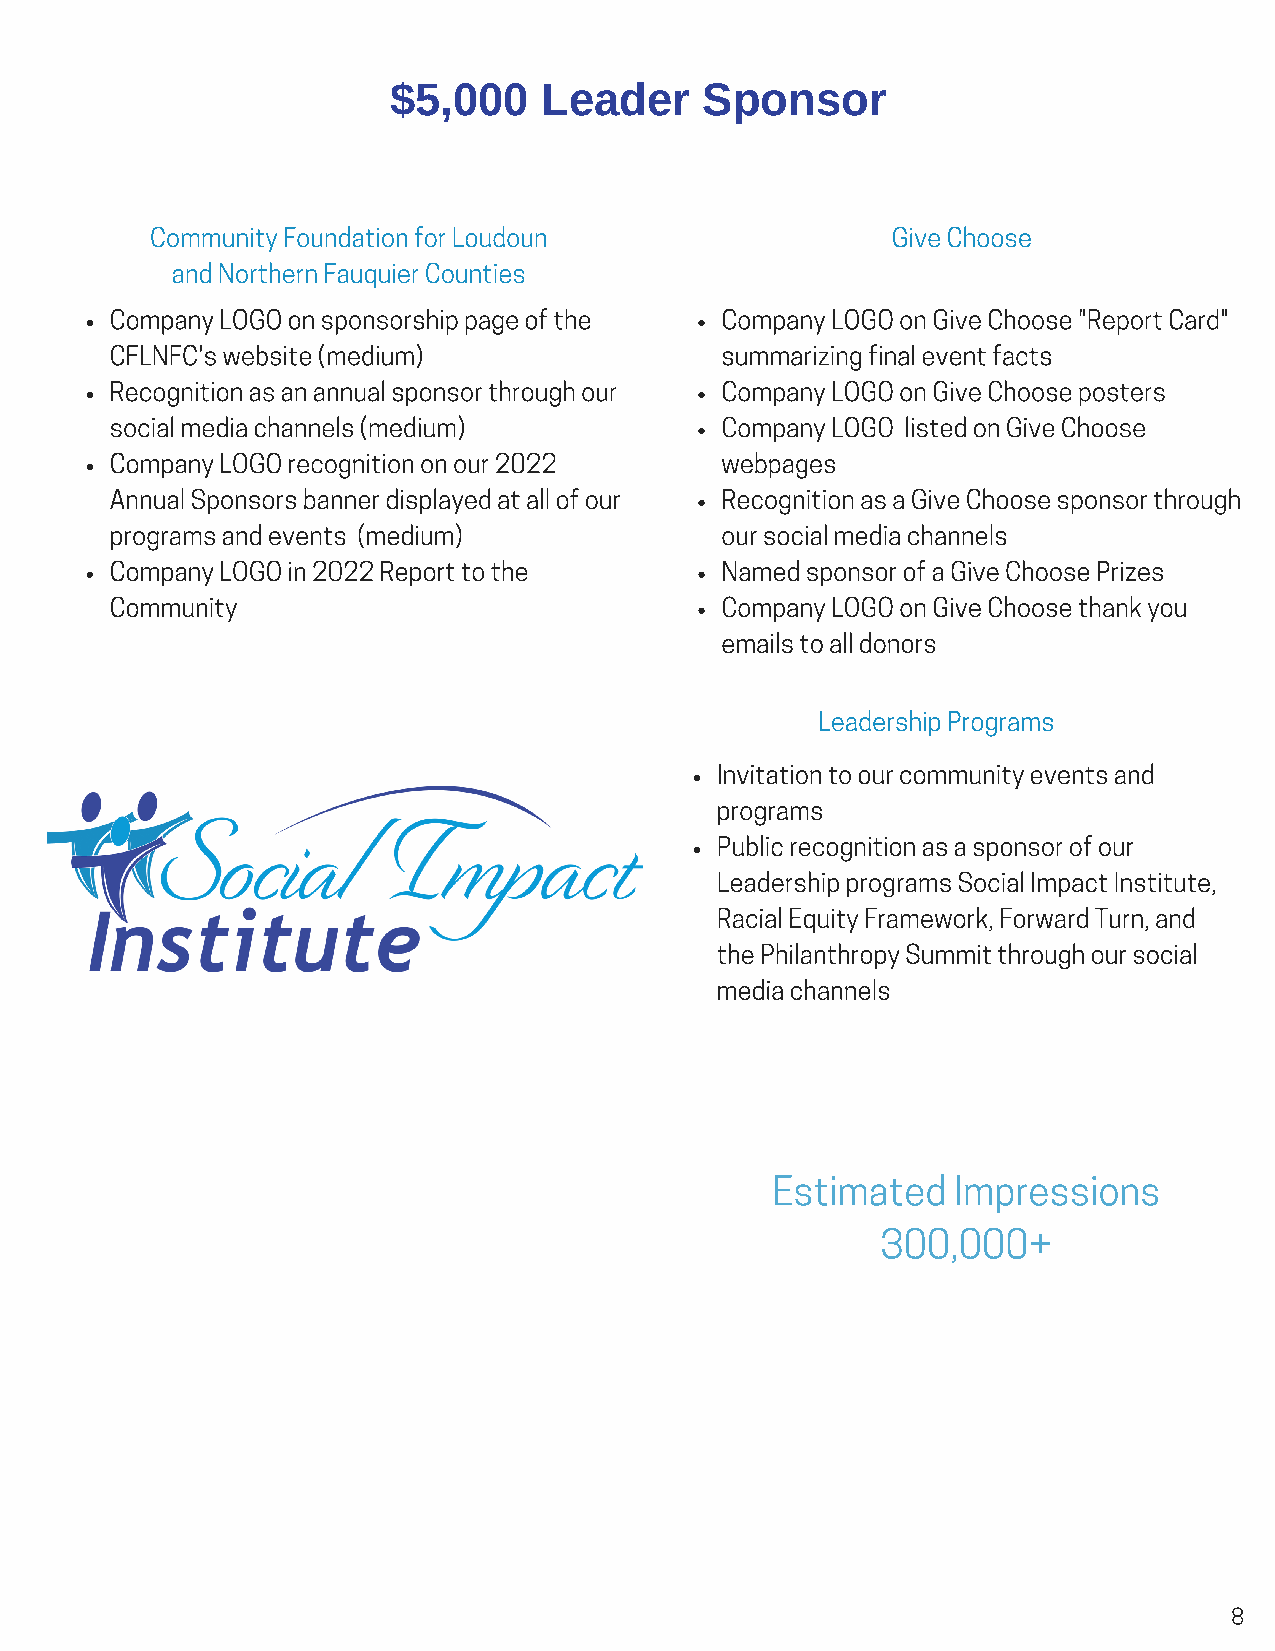
$5,000    Leader     Sponsor
 Community Foundation for Loudoun                 Give Choose
 and Northern Fauquier Counties
 Company LOGO on sponsorship page of the  Company LOGO on Give Choose "Report Card"
 CFLNFC's website (medium)                summarizing final event facts
 Recognition as an annual sponsor through our Company LOGO on Give Choose posters
 social media channels (medium)           Company LOGO listed on Give Choose
 Company LOGO recognition on our 2022     webpages
 Annual Sponsors banner displayed at all of our Recognition as a Give Choose sponsor through
 programs and events (medium)             our social media channels
 Company LOGO in 2022 Report to the       Named sponsor of a Give Choose Prizes
 Community                                Company LOGO on Give Choose thank you
 emails to all donors
 Leadership Programs
 Invitation to our community events and
 programs
 Public recognition as a sponsor of our
 Leadership programs Social Impact Institute,
 Racial Equity Framework, Forward Turn, and
 the Philanthropy Summit through our social
 media channels
 Estimated   Impressions
 300,000+
 8